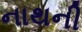
નાથની